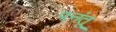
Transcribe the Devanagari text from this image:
पनंतू